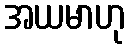
အယမာဟု